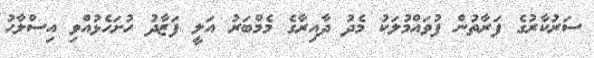
ސަރުކާރުގެ ފަރާތުން ފުވައްމުލަކު މެދު ދާއިރާގެ މެމްބަރު އަލީ ފަޒާދު ހުށަހެޅުއްވި އިސްލާހު